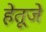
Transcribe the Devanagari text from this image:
हेतूजे